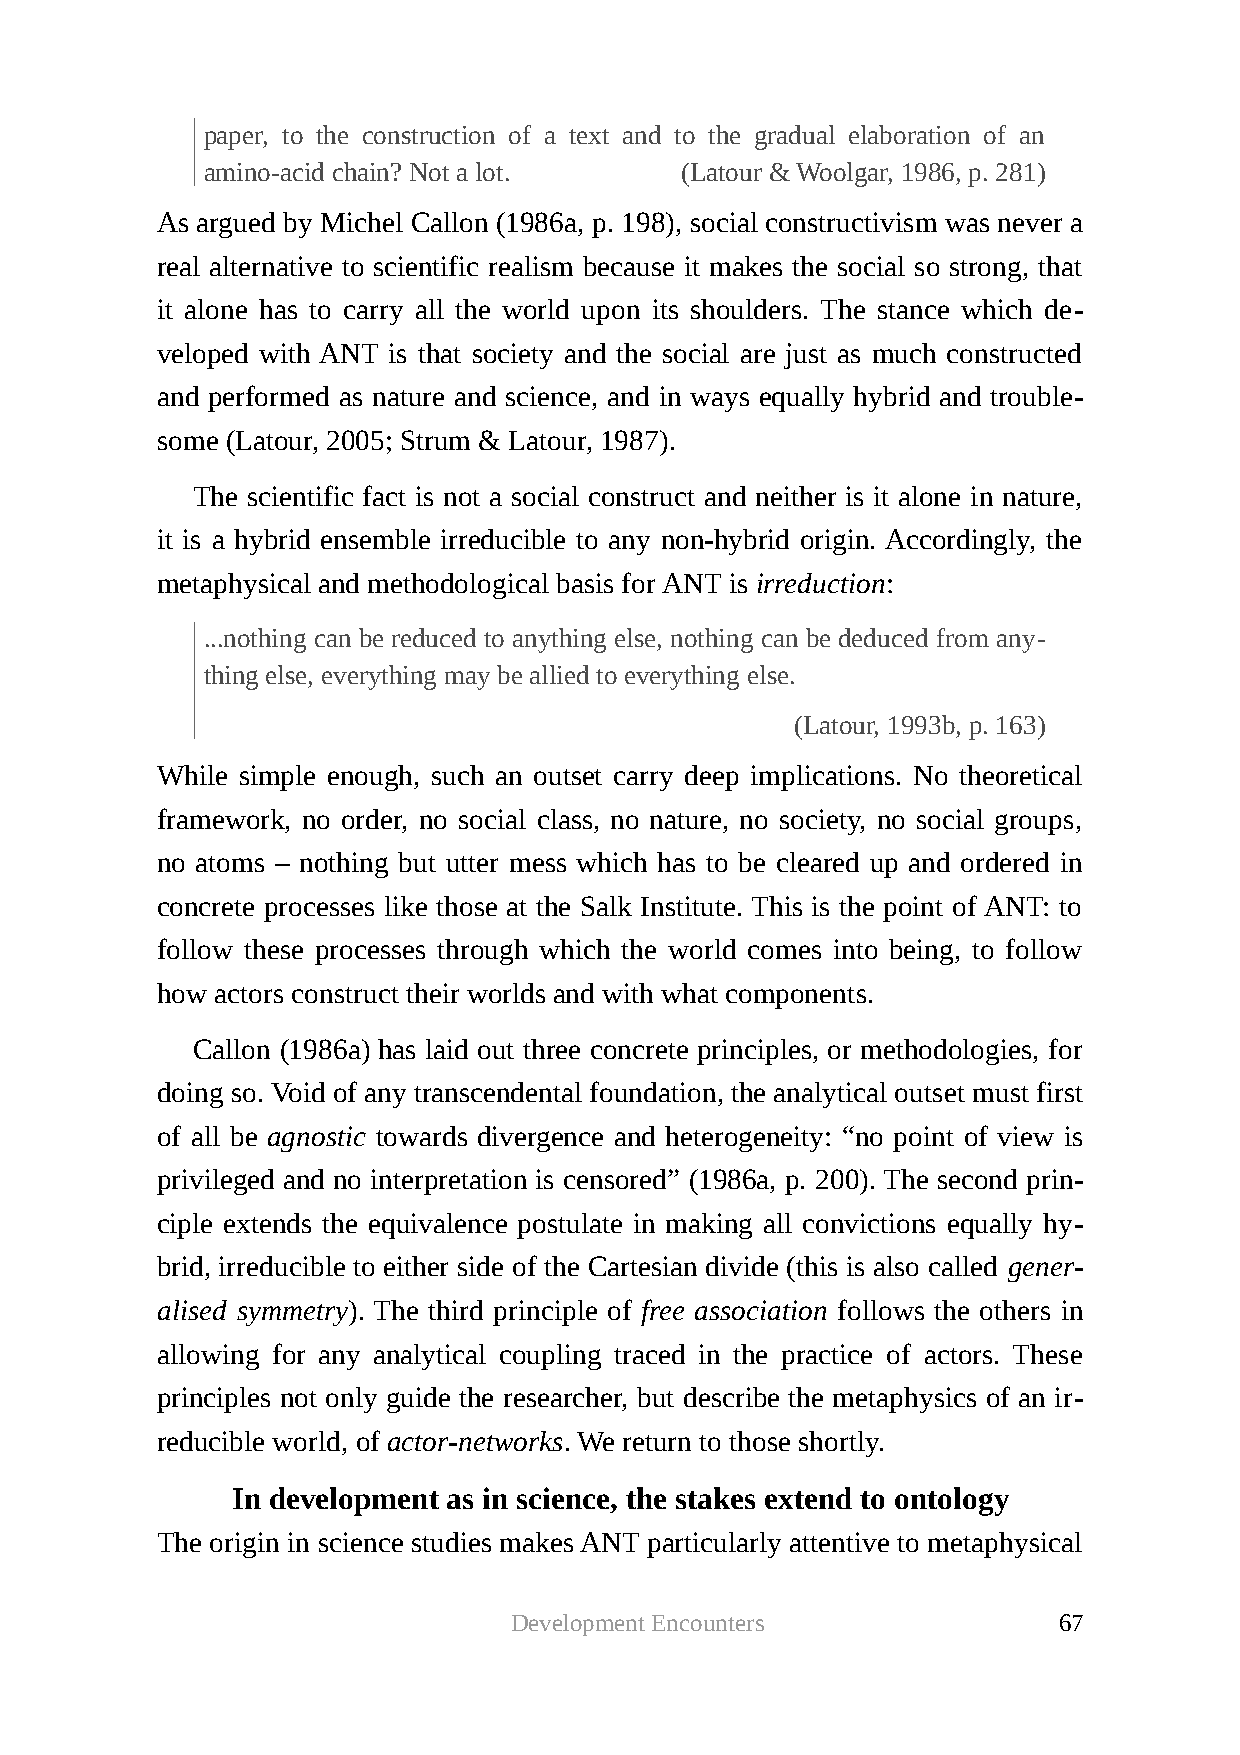
paper, to the construction of a text and to the gradual elaboration of an
 amino-acid chain? Not a lot.   (Latour & Woolgar, 1986, p. 281)
 As argued by Michel Callon (1986a, p. 198), social constructivism was never a
 real alternative to scientific realism because it makes the social so strong, that
 it alone has to carry all the world upon its shoulders. The stance which de-
 veloped with ANT is that society and the social are just as much constructed
 and performed as nature and science, and in ways equally hybrid and trouble-
 some (Latour, 2005; Strum & Latour, 1987).
 The scientific fact is not a social construct and neither is it alone in nature,
 it is a hybrid ensemble irreducible to any non-hybrid origin. Accordingly, the
 metaphysical and methodological basis for ANT is irreduction:
 ...nothing can be reduced to anything else, nothing can be deduced from any-
 thing else, everything may be allied to everything else.
 (Latour, 1993b, p. 163)
 While simple enough, such an outset carry deep implications. No theoretical
 framework, no order, no social class, no nature, no society, no social groups,
 no atoms – nothing but utter mess which has to be cleared up and ordered in
 concrete processes like those at the Salk Institute. This is the point of ANT: to
 follow these processes through which the world comes into being, to follow
 how actors construct their worlds and with what components.
 Callon (1986a) has laid out three concrete principles, or methodologies, for
 doing so. Void of any transcendental foundation, the analytical outset must first
 of all be agnostic towards divergence and heterogeneity: “no point of view is
 privileged and no interpretation is censored” (1986a, p. 200). The second prin-
 ciple extends the equivalence postulate in making all convictions equally hy-
 brid, irreducible to either side of the Cartesian divide (this is also called gener-
 alised symmetry). The third principle of free association follows the others in
 allowing for any analytical coupling traced in the practice of actors. These
 principles not only guide the researcher, but describe the metaphysics of an ir-
 reducible world, of actor-networks. We return to those shortly.
 In development as in science, the stakes extend to ontology
 The origin in science studies makes ANT particularly attentive to metaphysical
 Development Encounters              67